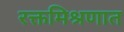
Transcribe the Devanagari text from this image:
रक्तमिश्रणात